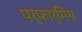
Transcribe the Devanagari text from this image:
पर्फार्मिंग